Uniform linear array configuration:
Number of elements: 4
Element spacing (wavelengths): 0.25
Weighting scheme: exponential
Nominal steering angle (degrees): -60
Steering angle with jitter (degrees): -58.47
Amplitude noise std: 0.05
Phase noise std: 0.05

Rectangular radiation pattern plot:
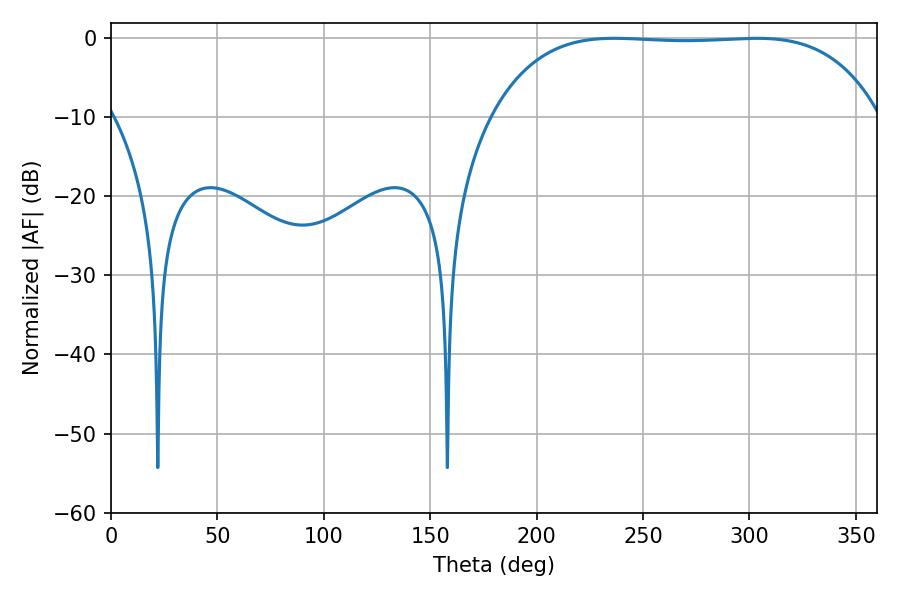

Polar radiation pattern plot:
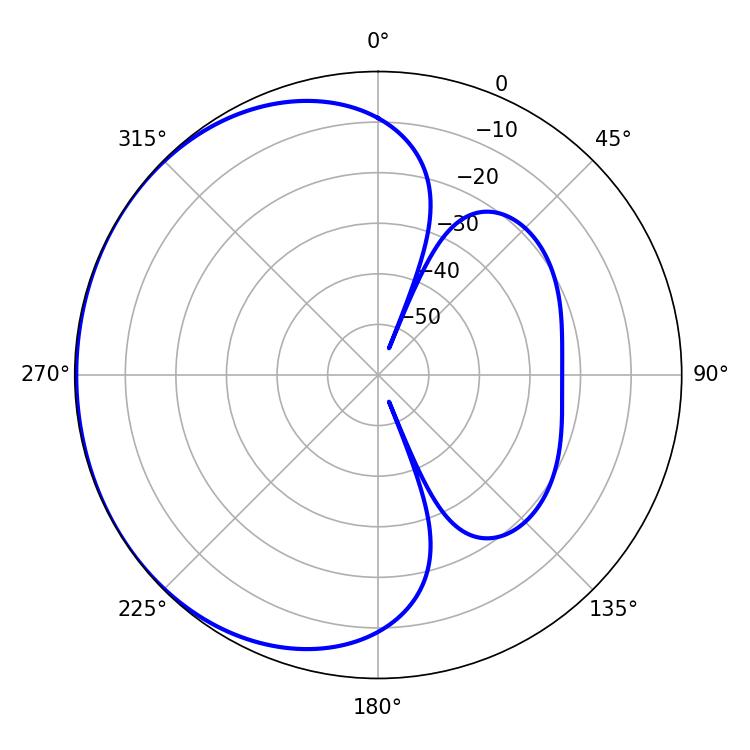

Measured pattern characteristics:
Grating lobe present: FALSE
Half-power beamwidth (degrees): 141.84
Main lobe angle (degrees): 236.7